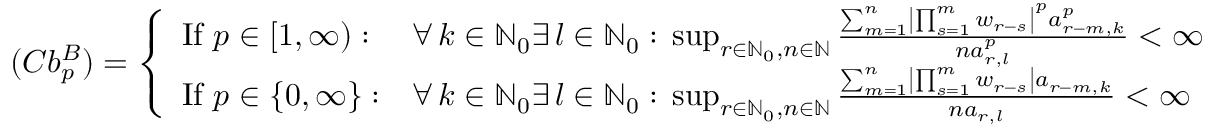
( C b _ { p } ^ { B } ) = \left\{ \begin{array} { l l } { \mathrm { I f ~ } p \in [ 1 , \infty ) : } & { \forall \, k \in \mathbb { N } _ { 0 } \exists \, l \in \mathbb { N } _ { 0 } : \, \operatorname* { s u p } _ { r \in \mathbb { N } _ { 0 } , n \in \mathbb { N } } \frac { \sum _ { m = 1 } ^ { n } \left| \prod _ { s = 1 } ^ { m } w _ { r - s } \right| ^ { p } a _ { r - m , k } ^ { p } } { n a _ { r , l } ^ { p } } < \infty } \\ { \mathrm { I f ~ } p \in \{ 0 , \infty \} : } & { \forall \, k \in \mathbb { N } _ { 0 } \exists \, l \in \mathbb { N } _ { 0 } : \, \operatorname* { s u p } _ { r \in \mathbb { N } _ { 0 } , n \in \mathbb { N } } \frac { \sum _ { m = 1 } ^ { n } \left| \prod _ { s = 1 } ^ { m } w _ { r - s } \right| a _ { r - m , k } } { n a _ { r , l } } < \infty } \end{array} \right.